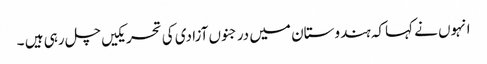
انہوں نے کہاکہ ہندوستان میں درجنوں آزادی کی تحریکیں چل رہی ہیں ۔